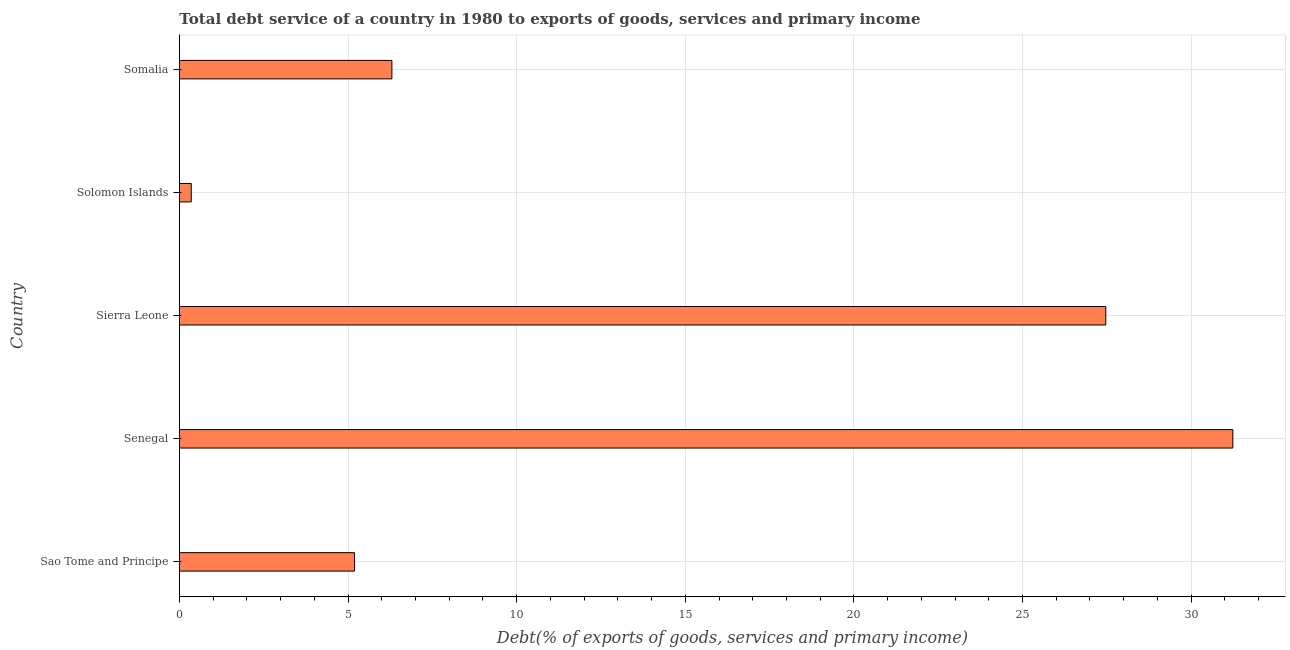
| Country | Total debt service |
 | --- | --- |
 | Sao Tome and Principe | 5.19 |
 | Senegal | 31.2 |
 | Sierra Leone | 27.5 |
 | Solomon Islands | 0.351 |
 | Somalia | 6.3 |